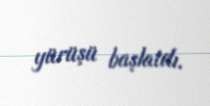
yürüşü başlatdı.